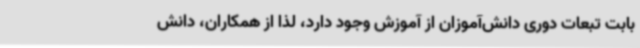
بابت تبعات دوری دانش‌آموزان از آموزش وجود دارد، لذا از همکاران، دانش